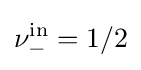
\nu _{-}^{\mathrm {in} }=1/2